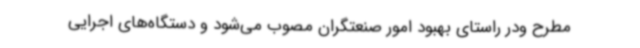
مطرح ودر راستای بهبود امور صنعتگران مصوب می‌شود و دستگاه‌های اجرایی